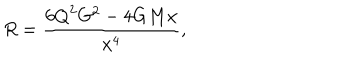
LaTeX: R = \frac { 6 { Q } ^ { 2 } G ^ { 2 } - 4 G M x } { x ^ { 4 } } ,